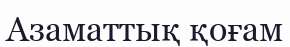
Азаматтық қоғам